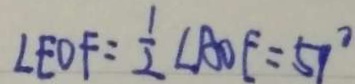
\angle E O F = \frac { 1 } { 2 } \angle A O E = 5 7 ^ { \circ }